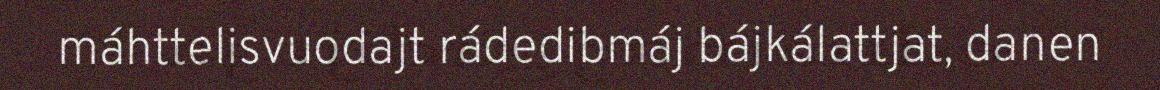
máhttelisvuodajt rádedibmáj bájkálattjat, danen